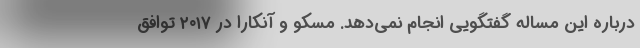
درباره این مساله گفتگویی انجام نمی‌دهد. مسکو و آنکارا در ۲۰۱۷ توافق